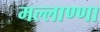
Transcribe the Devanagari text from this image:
मल्लाण्णा